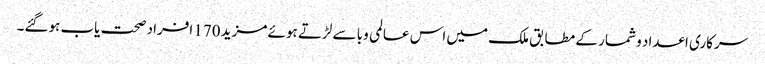
سرکاری اعداد و شمار کے مطابق ملک میں اس عالمی وبا سے لڑتے ہوئے مزید 170 افراد صحت یاب ہوگئے۔